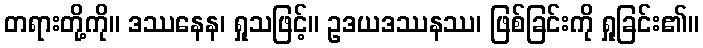
တရားတို့ကို။ ဒဿနေန၊ ရှုသဖြင့်။ ဥဒယဒဿနဿ၊ ဖြစ်ခြင်းကို ရှုခြင်း၏။